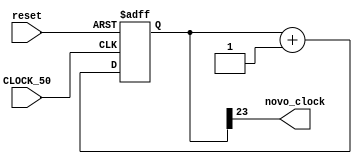
/*
Projeto: divisor 
Nome: Pedro Augusto, Tulio Horta
Data: 17/11/2022
*/

module divisor(reset,CLOCK_50,novo_clock);
	input reset;
	input CLOCK_50;
	
	output novo_clock; // saida Q[23] +- 50M/16.000.000
	
	// variavel intermediaria
	reg [23:0] Q; //contador de 24  bits
	
	initial
	begin
		Q = 24'b000;
	end
	
	//assign novo_clock = Q[23]; // novo_clock = 50M/2^24 = 3Hz
	
	always @ (posedge CLOCK_50 or posedge reset)
	begin
		if(reset == 1'b1)
		begin
			Q = 24'b000;
		end
		else
			begin
			Q = Q+1;
			end
	end
		
	assign novo_clock = Q[23];
endmodule